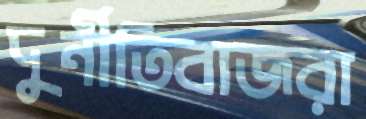
দুর্নীতিবাজরা